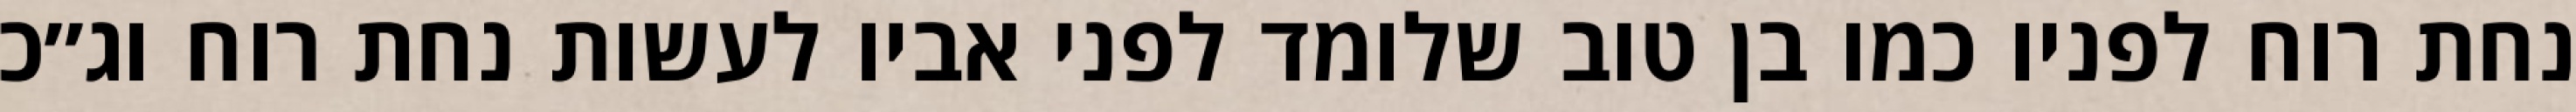
נחת רוח לפניו כמו בן טוב שלומד לפני אביו לעשות נחת רוח וג״כ